[Report on the health of British troops in the Madras command]
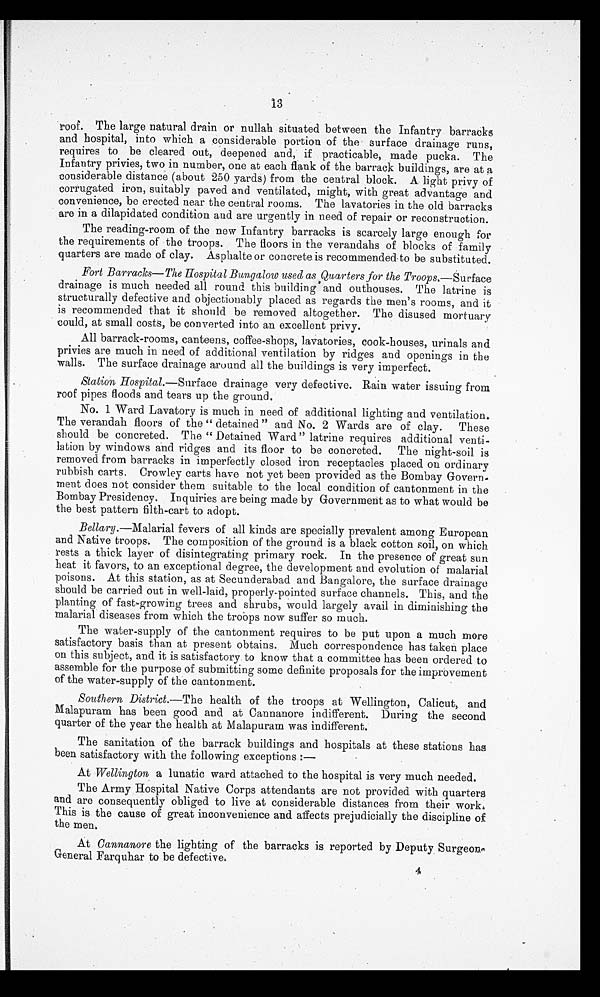
roof. The large natural drain or nullah situated between the Infantry barracks
and hospital, into which a considerable portion of the surface drainage runs,
requires to be cleared out, deepened and, if practicable, made pucka. The
Infantry privies, two in number, one at each flank of the barrack buildings, are at a
considerable distance (about 250 yards) from the central block. A light privy of
corrugated iron, suitably paved and ventilated, might, with great advantage and
convenience, be erected near the central rooms. The lavatories in the old barracks
are in a dilapidated condition and are urgently in need of repair or reconstruction.
The reading-room of the new Infantry barracks is scarcely large enough for
the requirements of the troops. The floors in the verandahs of blocks of family
quarters are made of clay. Asphalte or concrete is recommended to be substituted.
Fort Barracks—The Hospital Bungalow used as Quarters for the Troops.— Surface
drainage is much needed all round this building and outhouses. The latrine is
structurally defective and objectionably placed as regards the men's rooms, and it
is recommended that it should be removed altogether. The disused mortuary
could, at small costs, be converted into an excellent privy.
All barrack-rooms, canteens, coffee-shops, lavatories, cook-houses, urinals and
privies are much in need of additional ventilation by ridges and openings in the
walls. The surface drainage around all the buildings is very imperfect.
Station Hospital .—Surface drainage very defective. Rain water issuing from
roof pipes floods and tears up the ground.
No. 1 Ward Lavatory is much in need of additional lighting and ventilation.
The verandah floors of the "detained" and No. 2 Wards are of clay. These
should be concreted. The "Detained Ward" latrine requires additional venti
- l a t i o n b y w i n d o w s a n d r i d g e s a n d i t s f l o o r t o b e c o n c r e t e d . T h e n i g h t - s o i l i s
removed from barracks in imperfectly closed iron receptacles placed on ordinary
rubbish carts. Crowley carts have not yet been provided as the Bombay Govern
- m e n t d o e s n o t c o n s i d e r t h e m s u i t a b l e t o t h e l o c a l c o n d i t i o n o f c a n t o n m e n t i n t h e
Bombay Presidency. Inquiries are being made by Government as to what would be
the best pattern filth-cart to adopt.
Bellary.—Malarial fevers of all kinds are specially prevalent among European
and Native troops. The composition of the ground is a black cotton soil, on which
rests a thick layer of disintegrating primary rock. In the presence of great sun
heat it favors, to an exceptional degree, the development and evolution of malarial
poisons. At this station, as at Secunderabad and Bangalore, the surface drainage
should be carried out in well-laid, properly-pointed surface channels. This, and the
planting of growing trees and shrubs, would largely avail in diminishing the
malarial diseases from which the troops now suffer so much.
The water-supply of the cantonment requires to be put upon a much more
satisfactory basis than at present obtains. Much correspondence has taken place
on this subject, and it is satisfactory to know that a committee has been ordered to
assemble for the purpose of submitting some definite proposals for the improvement
of the water-supply of the cantonment.
Southern District .—The health of the troops at Wellington, Calicut, and
Malapuram has been good and at Cannanore indifferent. During the second
quarter of the year the health at Malapuram was indifferent.
The sanitation of the barrack buildings and hospitals at these stations has
been satisfactory with the following exceptions
: —
At Wellington a lunatic ward attached to the hospital is very much needed.
The Army Hospital Native Corps attendants are not provided with quarters
and are consequently obliged to live at considerable distances from their work.
This is the cause of great inconvenience and affects prejudicially the discipline of
the men.
At Cannanore the lighting of the barracks is reported by Deputy Surgeon
General Farquhar to be defective.
4